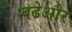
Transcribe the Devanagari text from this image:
बढेऔर